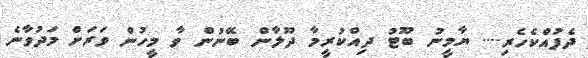
ދެފުއްކެހެރި.... ޔާމީނު ބޫޓު ދިއްކުރީމާ ދޫލާން ބޭނުން ވާ މީހުން ވަރަށް މަދުވާނެ